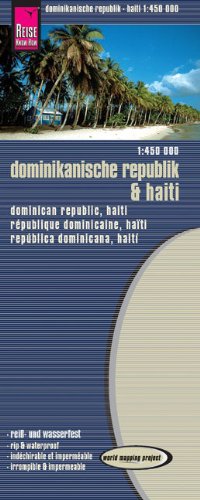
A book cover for Dominican Republic/Haiti; Reise Know-How Verlag; Travel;